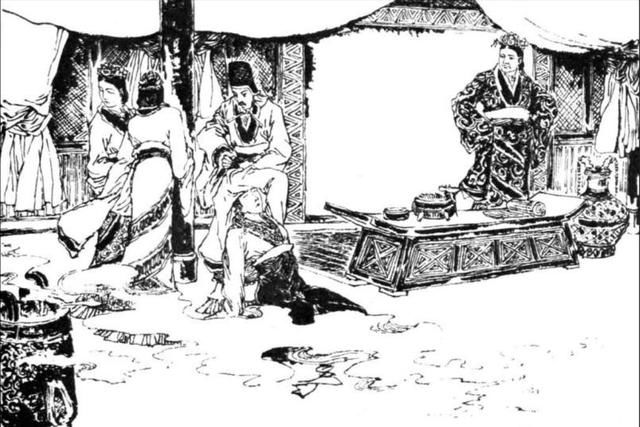
戚姬髡发入舂市，万古共悲辛。